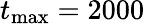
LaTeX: t_{\mathrm{max}}=2000